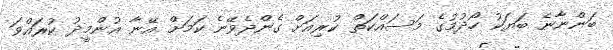
ބަންނާނެ ބަޔަކު ހޯދުމުގެ މަސައްކަތް ކުރިއަށް ގެންދެވޭނެ ކަމަށް އޭނާ އުންމީދު ކުރައްވަ